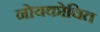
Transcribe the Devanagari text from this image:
नोयकोचित